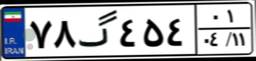
۷۸گ۴۵۴۰۱